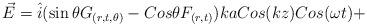
LaTeX: \begin{align*}\vec{E}=\hat{i}(\sin\theta G_{(r,t,\theta)}-Cos\theta F_{(r,t)})kaCos(kz)Cos(\omega t)+\end{align*}